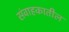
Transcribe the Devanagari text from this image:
संवाहकातील